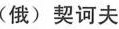
(俄)契诃夫